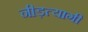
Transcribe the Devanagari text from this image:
नीड़त्यागी